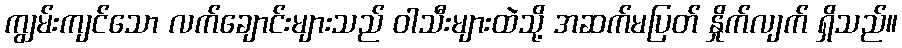
ကျွမ်းကျင်သော လက်ချောင်းများသည် ဝါသီးများထဲသို့ အဆက်မပြတ် နှိုက်လျက် ရှိသည်။